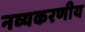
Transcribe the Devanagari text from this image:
नव्यकरणीय